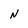
Character: N